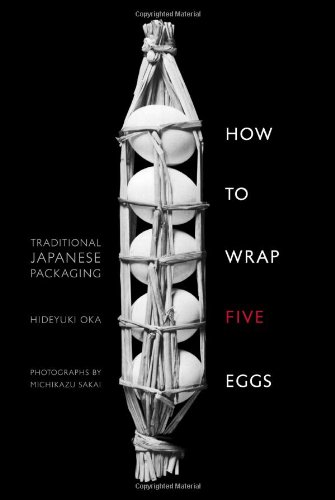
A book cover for How to Wrap Five Eggs: Traditional Japanese Packaging; Hideyuki Oka; Crafts, Hobbies & Home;